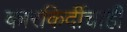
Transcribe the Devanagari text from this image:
कारकिर्दीचाही